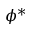
\phi ^ { * }